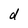
Character: d